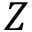
Z